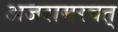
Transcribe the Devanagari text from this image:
अजरामरवत्